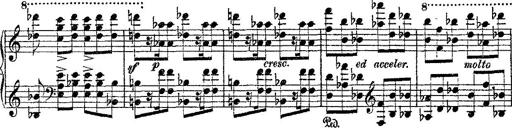
Title: Fantaisie romantique sur deux mÃ©lodies suisses
Composer: Franz Liszt